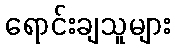
ရောင်းချသူများ